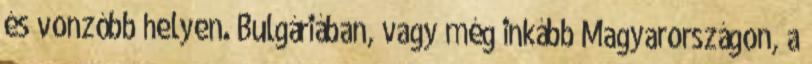
és vonzóbb helyen. Bulgáriában, vagy még inkább Magyarországon, a